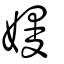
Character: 嫚